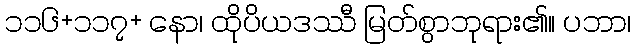
၁၁၆+၁၁၇+ နော၊ ထိုပိယဒဿီ မြတ်စွာဘုရား၏။ ပဘာ၊